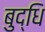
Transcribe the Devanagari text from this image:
बुद्‌धि